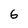
Character: 6